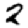
Digit: 2